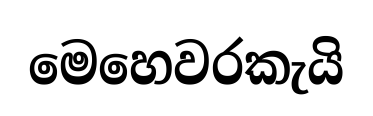
මෙහෙවරකැයි